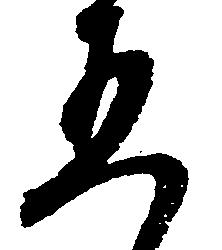
五